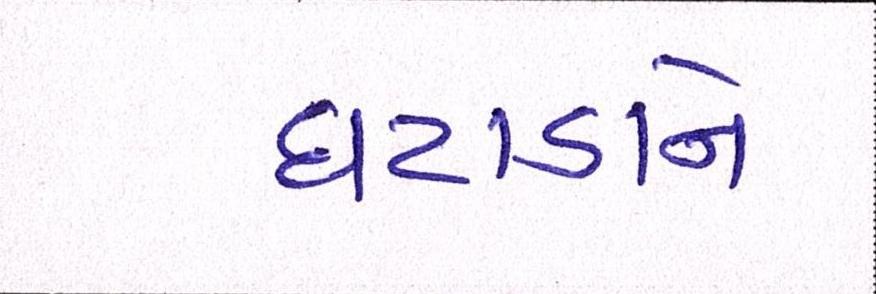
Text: ઘટાડાને